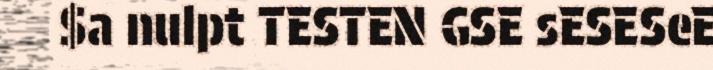
$a nulpt TESTEN GSE sESESeE